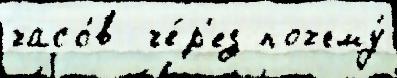
часо́в  че́р'ез почему́